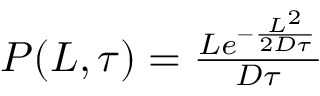
\begin{array} { r } { P ( L , \tau ) = \frac { L e ^ { - \frac { L ^ { 2 } } { 2 D \tau } } } { D \tau } } \end{array}